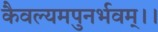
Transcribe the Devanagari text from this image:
कैवल्यमपुनर्भवम्‌।।